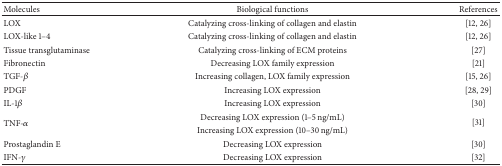
<table><thead><tr><td><b>Molecules</b></td><td><b>Biological functions</b></td><td><b>References</b></td></tr></thead><tbody><tr><td>LOX</td><td>Catalyzing cross-linking of collagen and elastin</td><td>[12, 26]</td></tr><tr><td>LOX-like 1–4</td><td>Catalyzing cross-linking of collagen and elastin</td><td>[12, 26]</td></tr><tr><td>Tissue transglutaminase</td><td>Catalyzing cross-linking of ECM proteins</td><td>[27]</td></tr><tr><td>Fibronectin</td><td>Decreasing LOX family expression</td><td>[21]</td></tr><tr><td>TGF-<i>β</i></td><td>Increasing collagen, LOX family expression</td><td>[15, 26]</td></tr><tr><td>PDGF</td><td>Increasing LOX expression</td><td>[28, 29]</td></tr><tr><td>IL-1<i>β</i></td><td>Increasing LOX expression</td><td>[30]</td></tr><tr><td rowspan="2"> TNF-<i>α</i></td><td>Decreasing LOX expression (1–5 ng/mL)</td><td rowspan="2"> [31]</td></tr><tr><td>Increasing LOX expression (10–30 ng/mL)</td></tr><tr><td>Prostaglandin E</td><td>Decreasing LOX expression</td><td>[30]</td></tr><tr><td>IFN-<i>γ</i></td><td>Decreasing LOX expression</td><td>[32]</td></tr></tbody></table>